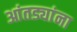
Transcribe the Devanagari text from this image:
आंतड्यांना